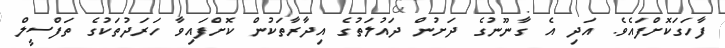
ފާހަގަކޮށްފައެވެ. އަދި އެ ގާނޫނުގެ ދަށުން ދައުލަތުގެ އިދާރާތަކުން ކޮށްފައިވާ ހަރަދުތަކުގެ ތަފްސީލް